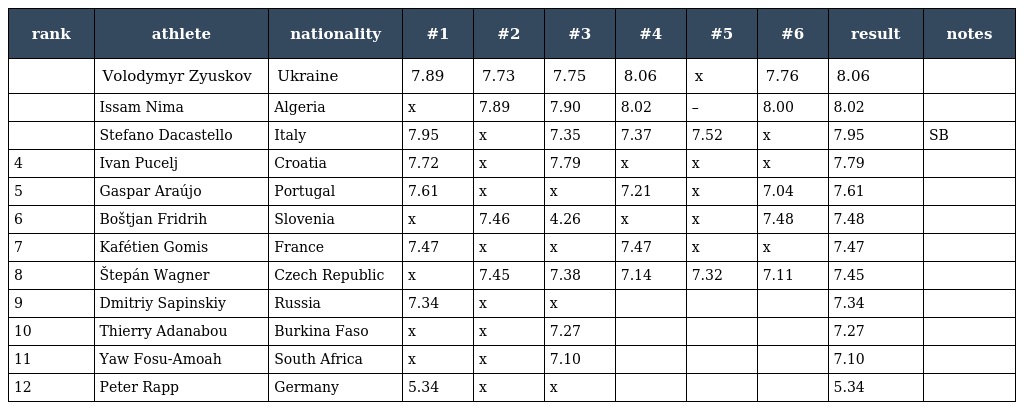
| rank | athlete | nationality | #1 | #2 | #3 | #4 | #5 | #6 | result | notes |
 | --- | --- | --- | --- | --- | --- | --- | --- | --- | --- | --- |
 |  | Volodymyr Zyuskov | Ukraine | 7.89 | 7.73 | 7.75 | 8.06 | x | 7.76 | 8.06 |  |
 |  | Issam Nima | Algeria | x | 7.89 | 7.90 | 8.02 | – | 8.00 | 8.02 |  |
 |  | Stefano Dacastello | Italy | 7.95 | x | 7.35 | 7.37 | 7.52 | x | 7.95 | SB |
 | 4 | Ivan Pucelj | Croatia | 7.72 | x | 7.79 | x | x | x | 7.79 |  |
 | 5 | Gaspar Araújo | Portugal | 7.61 | x | x | 7.21 | x | 7.04 | 7.61 |  |
 | 6 | Boštjan Fridrih | Slovenia | x | 7.46 | 4.26 | x | x | 7.48 | 7.48 |  |
 | 7 | Kafétien Gomis | France | 7.47 | x | x | 7.47 | x | x | 7.47 |  |
 | 8 | Štepán Wagner | Czech Republic | x | 7.45 | 7.38 | 7.14 | 7.32 | 7.11 | 7.45 |  |
 | 9 | Dmitriy Sapinskiy | Russia | 7.34 | x | x |  |  |  | 7.34 |  |
 | 10 | Thierry Adanabou | Burkina Faso | x | x | 7.27 |  |  |  | 7.27 |  |
 | 11 | Yaw Fosu-Amoah | South Africa | x | x | 7.10 |  |  |  | 7.10 |  |
 | 12 | Peter Rapp | Germany | 5.34 | x | x |  |  |  | 5.34 |  |